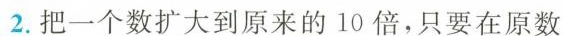
2.把一个数扩大到原来的10倍，只要在原数